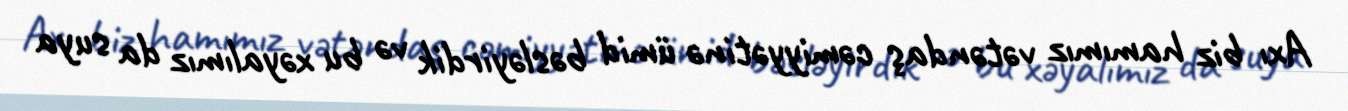
Axı biz hamımız vətəndaş cəmiyyətinə ümid bəsləyirdik və bu xəyalımız da suya